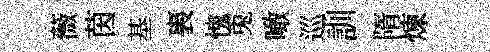
薇茵基裏愧兎噉巡訓隋煉